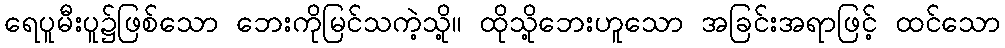
ရေပူမီးပူ၌ဖြစ်သော ဘေးကိုမြင်သကဲ့သို့။ ထိုသို့ဘေးဟူသော အခြင်းအရာဖြင့် ထင်သော